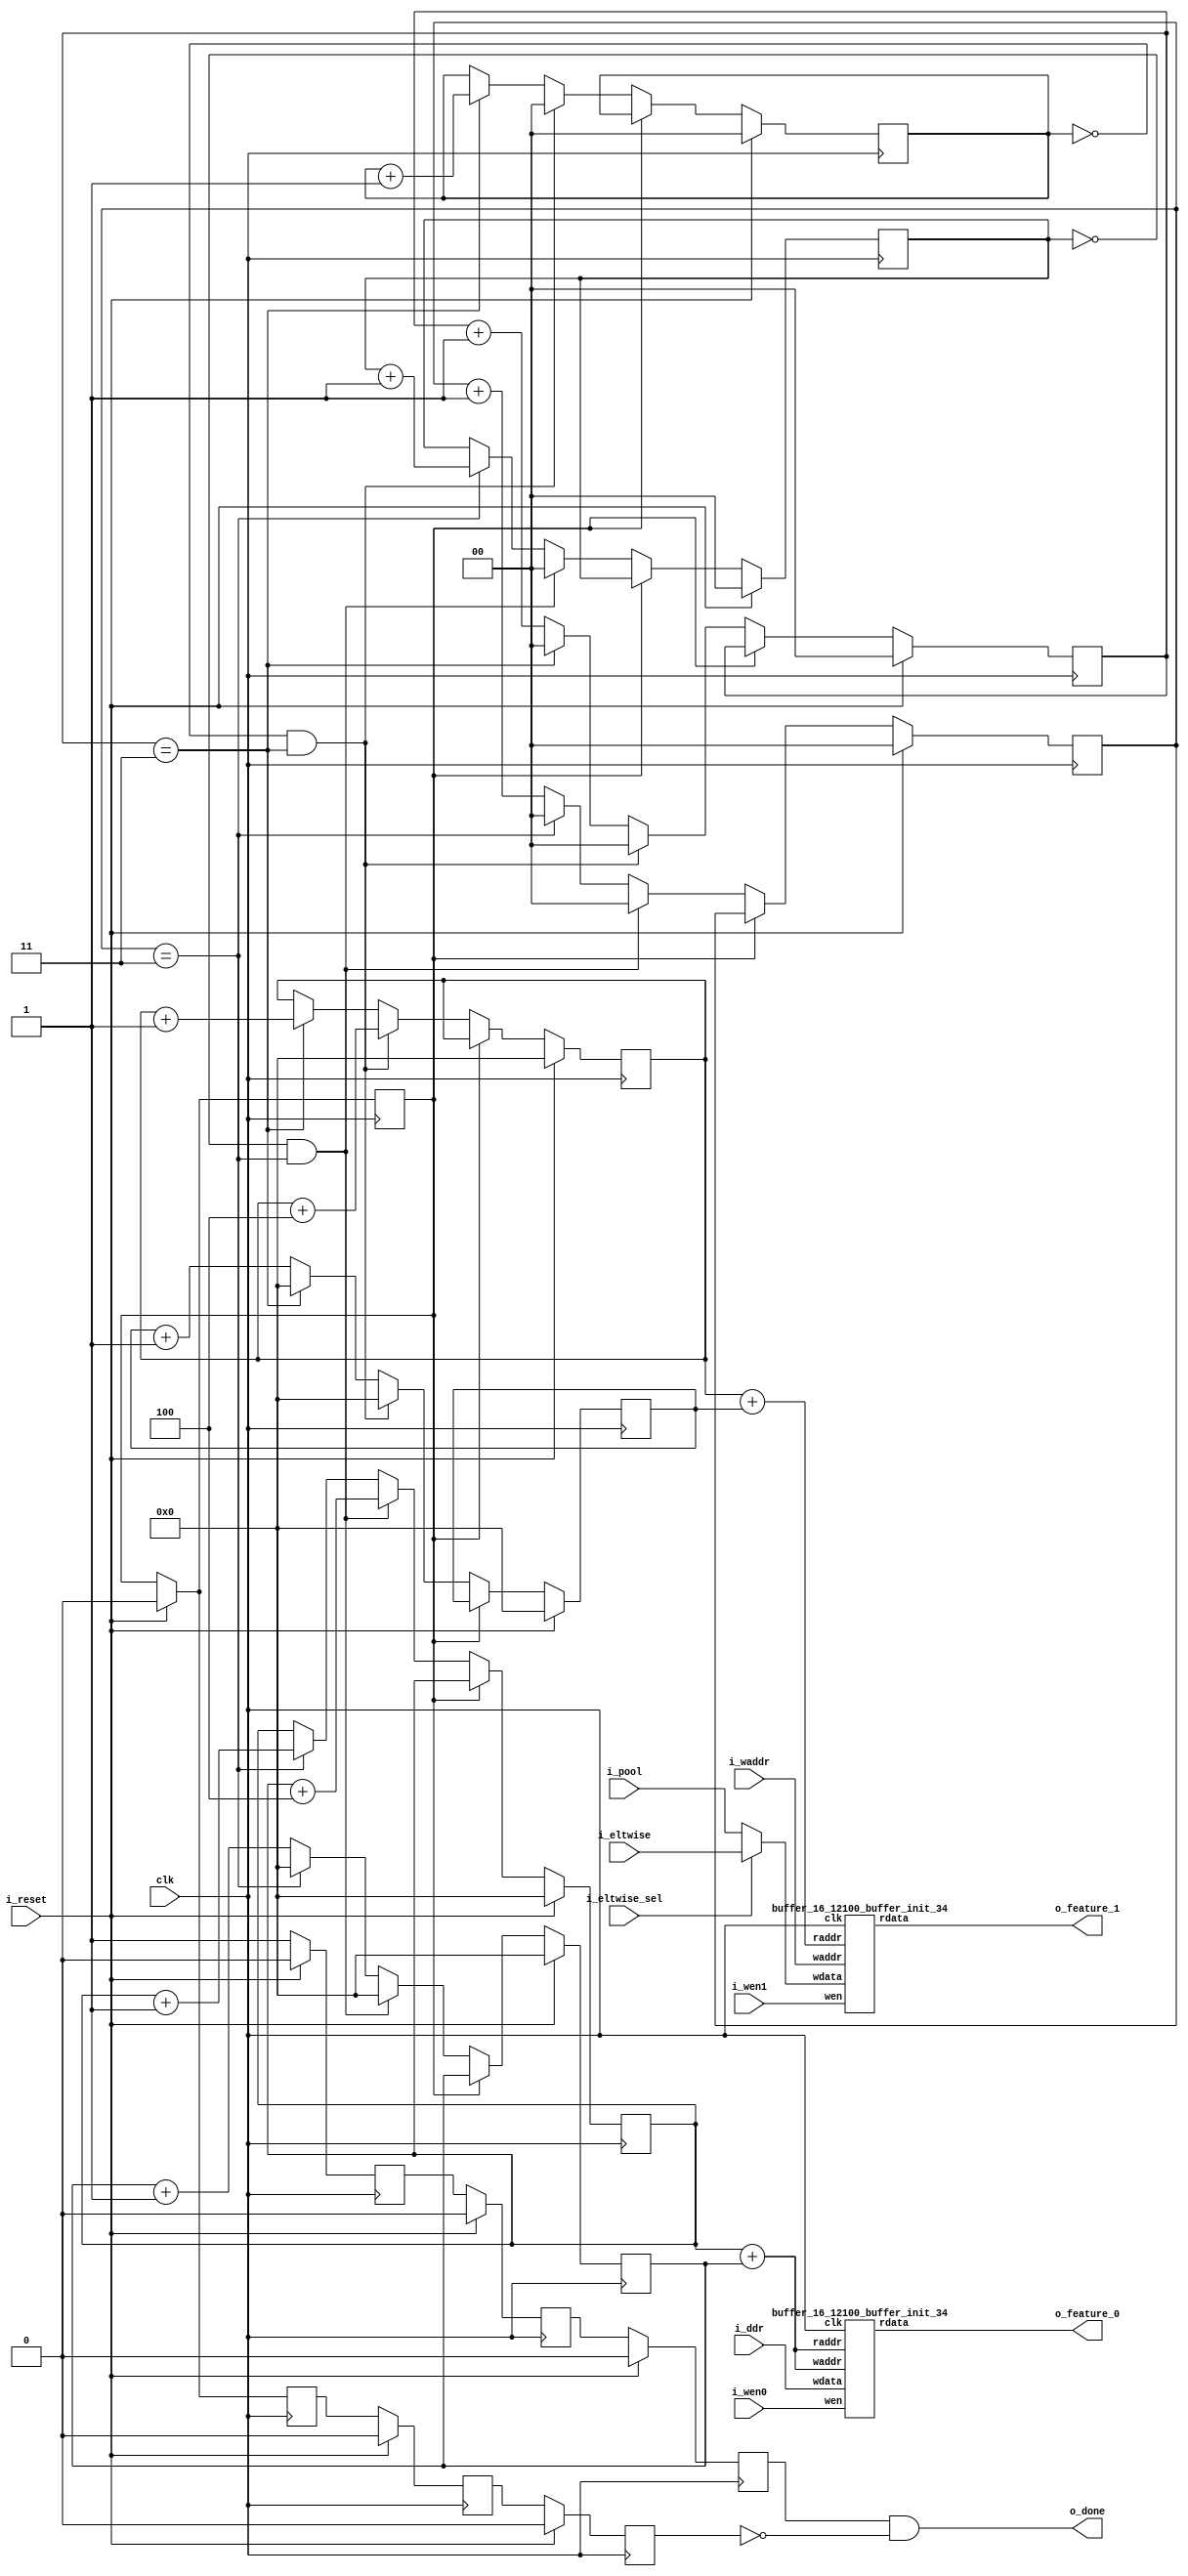
`define SIMULATION_MEMORY

module stream_buffer_4_3 (
	input clk,
	input i_reset,
	input i_wen0,
	input i_wen1,
	input [15:0] i_ddr,
	input [15:0] i_pool,
	input i_eltwise_sel,
	input [15:0] i_eltwise,
	input [13:0] i_waddr,
	output [15:0] o_feature_0,
	output [15:0] o_feature_1,
	output o_done
);

reg [13:0] base_addr;
reg [13:0] offset;
reg [13:0] base_addr_b1;
reg [13:0] offset_b1;
reg [1:0] L_counter;
reg [1:0] C_counter;
reg [1:0] W_counter;
reg [1:0] L_counter_b1;
reg [1:0] C_counter_b1;
reg [1:0] W_counter_b1;
reg done, done_1, done_2, done_3;
reg valid, valid_1, valid_2;
wire [15:0] feature_out_b0;
wire [15:0] feature_out_b1;

always @ (posedge clk) begin
	if (i_reset) begin
		base_addr <= 0;
		offset <= 0;
		C_counter <= 0;
		L_counter <= 0;
		W_counter <= 0;
	end else if (done == 0) begin
		if((W_counter == 1443) && (C_counter == 0) && (L_counter == 3)) begin
			base_addr <= 0;
			C_counter <= 0;
			L_counter <= 0;
			W_counter <= 0;
			offset <= 0;
		end else if((C_counter == 0) && (L_counter == 3)) begin
			base_addr <= base_addr + 4;
			W_counter <= W_counter + 1'b1;
			C_counter <= 0;
			L_counter <= 0;
			offset <= 0;
		end else if(L_counter == 3) begin
			base_addr <= base_addr + 1'b1;
			C_counter <= C_counter + 1'b1;
			L_counter <= 0;
			offset <= 0;
		end else begin
			offset <= offset + 1;
			L_counter <= L_counter + 1'b1;
		end
	end
end

always @ (posedge clk) begin
	if (i_reset) begin
		base_addr_b1 <= 0;
		offset_b1 <= 0;
		C_counter_b1 <= 0;
		L_counter_b1 <= 0;
		W_counter_b1 <= 0;
	end else if (done == 0) begin
		if((W_counter_b1 == 1443) && (C_counter_b1 == 0) && (L_counter_b1 == 3)) begin
			base_addr_b1 <= 0;
			C_counter_b1 <= 0;
			L_counter_b1 <= 0;
			W_counter_b1 <= 0;
			offset_b1 <= 0;
		end else if((C_counter_b1 == 0) && (L_counter_b1 == 3)) begin
			base_addr_b1 <= base_addr_b1 + 4;
			W_counter_b1 <= W_counter_b1 + 1'b1;
			C_counter_b1 <= 0;
			L_counter_b1 <= 0;
			offset_b1 <= 0;
		end else if(L_counter_b1 == 3) begin
			base_addr_b1 <= base_addr_b1 + 1'b1;
			C_counter_b1 <= C_counter_b1 + 1'b1;
			L_counter_b1 <= 0;
			offset_b1 <= 0;
		end else begin
			offset_b1 <= offset_b1 + 1;
			L_counter_b1 <= L_counter_b1 + 1'b1;
		end
	end
end

always @ (posedge clk) begin
	if(i_reset == 1'b1)begin
		done <= 0;
		done_1 <= 0;
		done_2 <= 0;
		done_3 <= 0;
		valid <= 0;
		valid_1 <= 0;
		valid_2 <= 0;
	end else begin
		valid <= 1;
		if((W_counter == 1443) && (C_counter == 0) && (L_counter == 3)) begin
			done <= 1;
		end
		done_1 <= done;
		done_2 <= done_1;
		done_3 <= done_2;
		valid_1 <= valid;
		valid_2 <= valid_1;
	end
end

reg [13:0] b0_waddr, b0_raddr, b1_raddr;
always @ (*) begin
	b0_waddr <= base_addr+offset;
	b0_raddr <= base_addr+offset;
	b1_raddr <= base_addr_b1+offset_b1;
end
buffer_16_12100_buffer_init_34 buffer_16_12100_buffer_init_34_B0 (
	.clk(clk),
	.wen(i_wen0),
	.waddr(b0_waddr),
	.wdata(i_ddr),
	.raddr(b0_raddr),
	.rdata(feature_out_b0)
);

reg [15:0] B1_wdata;
always @ (*) begin
	if (i_eltwise_sel) begin
		B1_wdata <= i_eltwise;
	end else begin
		B1_wdata <= i_pool;
	end
end

buffer_16_12100_buffer_init_34 buffer_16_12100_buffer_init_34_B1 (
	.clk(clk),
	.wen(i_wen1),
	.waddr(i_waddr),
	.wdata(B1_wdata),
	.raddr(b1_raddr),
	.rdata(feature_out_b1)
);

assign o_done = valid_2 && (~done_3);
assign o_feature_0 = feature_out_b0;
assign o_feature_1 = feature_out_b1;

endmodule
module buffer_16_12100_buffer_init_34 (
	input clk,
	input wen,
	input [13:0] waddr,
	input [15:0] wdata,
	input [13:0] raddr,
	output [15:0] rdata
);

reg [13:0] raddr_reg;
reg [15:0] rdata_reg;
reg [15:0] pipeline_reg_0;
wire [15:0] rd_dummy_signal;
wire [15:0] wr_dummy_signal;
wire [15:0] rdata_wire;
assign rd_dummy_signal = 0;

always @(posedge clk) begin
	rdata_reg <= rdata_wire;
	raddr_reg <= raddr;
	pipeline_reg_0 <= rdata_reg;
end

dual_port_ram u_dual_port_ram(
	.addr1(waddr),
	.we1(wen),
	.data1(wdata),
	.out1(wr_dummy_signal),
	.addr2(raddr_reg),
	.we2(1'b0),
	.data2(rd_dummy_signal),
	.out2(rdata_wire),
	.clk(clk)
);
assign rdata = pipeline_reg_0;

endmodule

module dual_port_ram(
clk,
addr1,
addr2,
data1,
data2,
we1,
we2,
out1,
out2
);

parameter DATA_WIDTH = 16;
parameter ADDR_WIDTH = 14;
input clk;
input [ADDR_WIDTH-1:0] addr1;
input [ADDR_WIDTH-1:0] addr2;
input [DATA_WIDTH-1:0] data1;
input [DATA_WIDTH-1:0] data2;
input we1;
input we2;
output reg [DATA_WIDTH-1:0] out1;
output reg [DATA_WIDTH-1:0] out2;

reg [DATA_WIDTH-1:0] ram[ADDR_WIDTH-1:0];

always @(posedge clk) begin
  if (we1) begin
    ram[addr1] <= data1;
  end
  else begin
    out1 <= ram[addr1];
  end
end

always @(posedge clk) begin
  if (we2) begin
    ram [addr2] <= data2;
  end
  else begin
    out2 <= ram[addr2];
  end
end

endmodule